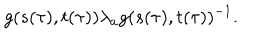
LaTeX: g ( s ( \tau ) , t ( \tau ) ) { \lambda } _ { a } g ( s ( \tau ) , t ( \tau ) ) ^ { - 1 } .